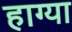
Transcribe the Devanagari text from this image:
हाग्या